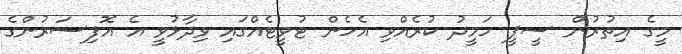
މީގެ އިތުރުން ސީޕީ ހަމީދު ކުރެއްވި އެހެން ޓުވީޓެއްގައި ވިދާޅުވީ އެ އޮފިސަރުންގެ